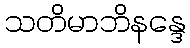
သတိမာဘိနန္ဒေ